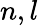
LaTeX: n,l